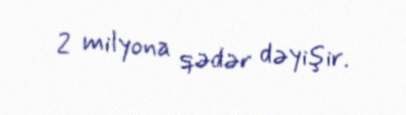
2 milyona qədər dəyişir.